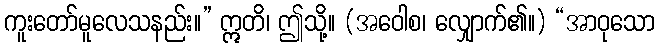
ကူးတော်မူလေသနည်း။” ဣတိ၊ ဤသို့။ (အဝေါစ၊ လျှောက်၏။) “အာဝုသော